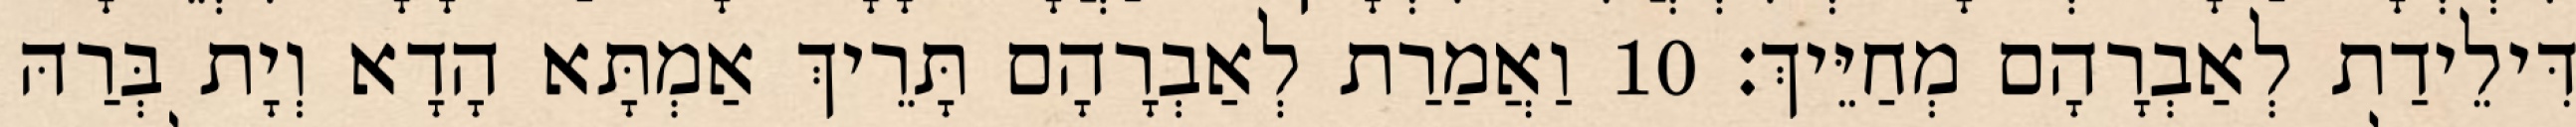
דִּילֵידַת לְאַבְרָהָם מְחַיֵּיךְ׃ 10 וַאֲמַרַת לְאַבְרָהָם תָּרֵיךְ אַמְתָּא הָדָא וְיָת בְּרַהּ